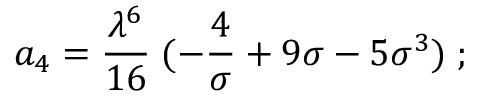
a _ { 4 } = { \frac { \lambda ^ { 6 } } { 1 6 } } \; ( - { \frac { 4 } { \sigma } } + 9 \sigma - 5 \sigma ^ { 3 } ) \; ;